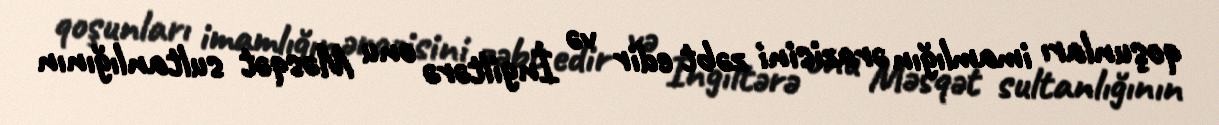
qoşunları imamlığın ərazisini zəbt edir və İngiltərə onu Məsqət sultanlığının